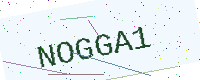
Text: NOGGA1